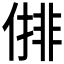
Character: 𠍣